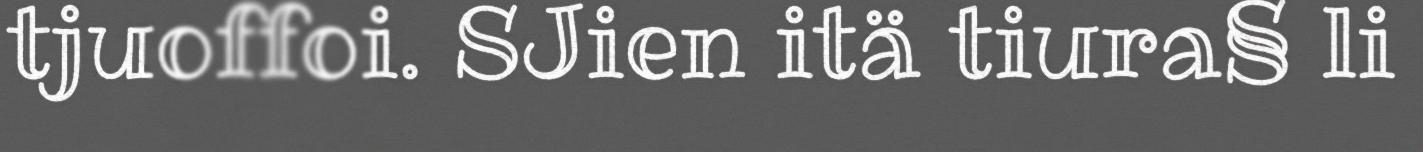
tjuoffoi. SJien itä tiura§ li